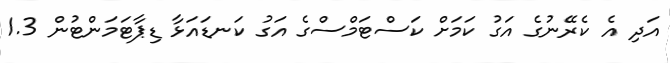
އަދި އެ ކެރޭނުގެ އަގު ކަމަށް ކަސްޓަމްސްގެ އަގު ކަނޑައަޅާ ޑިޕާޓަމަންޓުން 1.3